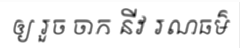
ឲ្យ រួច ចាក នីវ រណធម៌